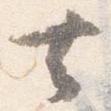
去